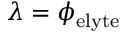
\lambda = \phi _ { \mathrm { e l y t e } }